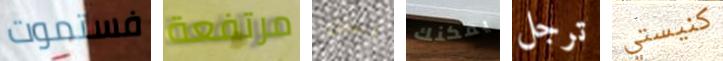
فستموت مرتفعة نحن يمكنك ترجل كنيستي